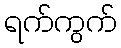
ရက်ကွက်